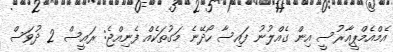
އެމްއެމްޕީއާރުސީ އިން ގެއްލުނު ފައިސާ ހޯދޭނެ މަގުތަކެއް ފެނިއްޖެ: ރައީސް 2 ދުވަސް